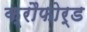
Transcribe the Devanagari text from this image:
क्रौफोर्ड